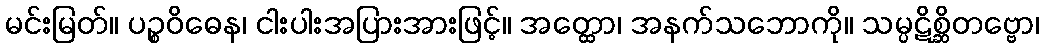
မင်းမြတ်။ ပဉ္စဝိဓေန၊ ငါးပါးအပြားအားဖြင့်။ အတ္ထော၊ အနက်သဘောကို။ သမ္ပဋိစ္ဆိတဗ္ဗော၊